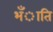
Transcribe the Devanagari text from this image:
भँाति